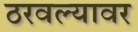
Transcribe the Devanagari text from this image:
ठरवल्यावर